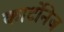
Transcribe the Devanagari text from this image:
कार्टोनेज